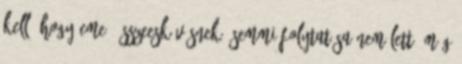
kell, hogy eme „összeesküvésnek” semmi folytatása nem lett, még